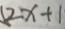
1 2 x + 1